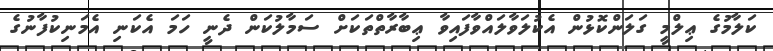
ކަލާމުގެ ޢިލްމީ ގަލަންކޮޅުން އެކުލަވާލައްވާފައިވާ ޢިބާރާތްތަކަށް ސަމާލުކަން ދެނީ ހަމަ އެކަނި އެމަނިކުފާނުގެ